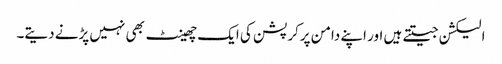
الیکشن جیتتے ہیں اور اپنے دامن پرکرپشن کی ایک چھینٹ بھی نہیں پڑنے دیتے۔